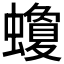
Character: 𧓬